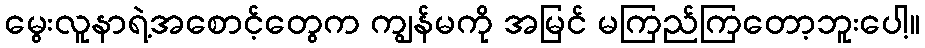
မွေးလူနာရဲ့အစောင့်တွေက ကျွန်မကို အမြင် မကြည်ကြတော့ဘူးပေါ့။